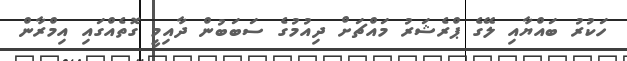
ހަކުރު ބައްޔާއި ލޭގެ ޕްރެޝަރު މައްޗަށް ދިއުމުގެ ސަބަބުން ދާއިމީ ގޮތެއްގައި އިމްރާން